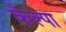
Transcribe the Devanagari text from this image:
कैल्पा